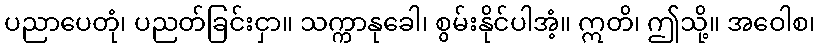
ပညာပေတုံ၊ ပညတ်ခြင်းငှာ။ သက္ကာနုခေါ၊ စွမ်းနိုင်ပါအံ့။ ဣတိ၊ ဤသို့။ အဝေါစ၊